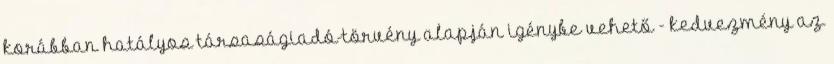
korábban hatályos társaságiadó-törvény alapján igénybe vehető - kedvezmény az